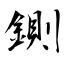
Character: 鍘